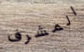
المشرف